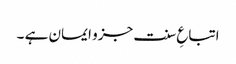
اتباعِ سنت جزو ایمان ہے ۔